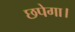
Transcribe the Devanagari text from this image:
छपेगा।